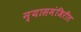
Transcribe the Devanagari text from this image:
न्यासमंजिरीत